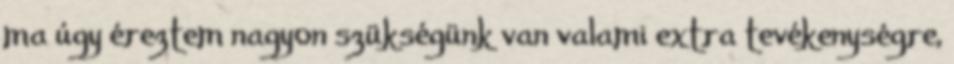
ma úgy éreztem nagyon szükségünk van valami extra tevékenységre,